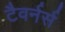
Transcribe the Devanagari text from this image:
टैवर्नर्स